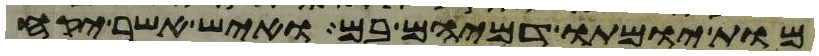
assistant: מות יומתו דמיהם בם ואיש אשר יקח